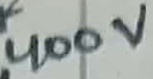
Text: 400V